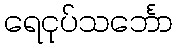
ရေငုပ်သင်္ဘော